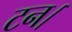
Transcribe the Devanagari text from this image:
टन।